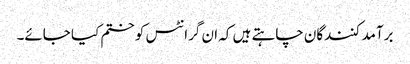
برآمد کنندگان چاہتے ہیں کہ ان گرانٹس کو ختم کیا جائے۔